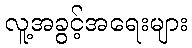
လူ့အခွင့်အရေးများ